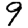
Digit: 9